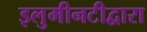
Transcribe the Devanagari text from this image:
इलुमीनटीद्वारा